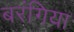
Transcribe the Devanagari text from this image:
बरंगिया